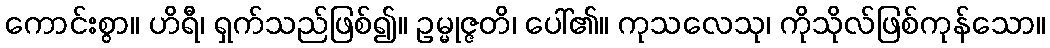
ကောင်းစွာ။ ဟိရီ၊ ရှက်သည်ဖြစ်၍။ ဥမ္မုဇ္ဇတိ၊ ပေါ်၏။ ကုသလေသု၊ ကိုသိုလ်ဖြစ်ကုန်သော။